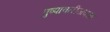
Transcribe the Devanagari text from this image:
पुष्पावतीजवळ